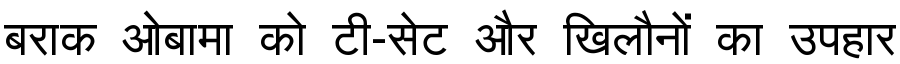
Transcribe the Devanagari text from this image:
बराक ओबामा को टी-सेट और खिलौनों का उपहार